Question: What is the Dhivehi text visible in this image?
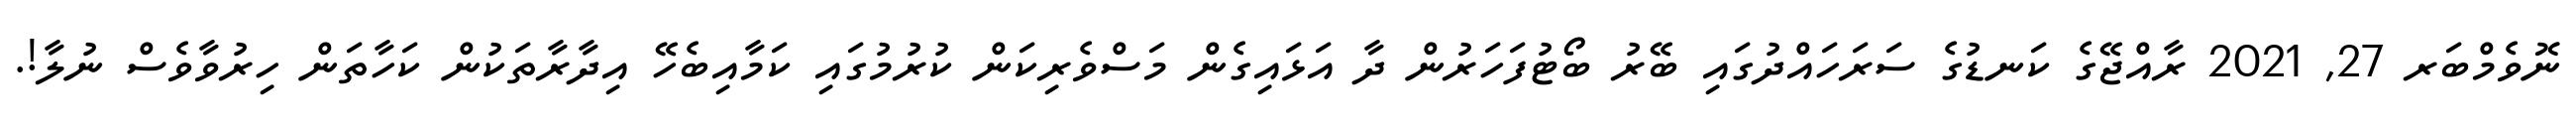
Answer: ނޮވެމްބަރ 27, 2021 ރާއްޖޭގެ ކަނޑުގެ ސަރަހައްދުގައި ބޭރު ބޯޓުފަހަރުން ދާ އަޅައިގެން މަސްވެރިކަން ކުރުމުގައި ކަމާއިބެހޭ އިދާރާތަކުން ކަހާތަން ހިރުވާވެސް ނުލާ!.